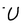
Character: U